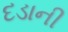
દડાની